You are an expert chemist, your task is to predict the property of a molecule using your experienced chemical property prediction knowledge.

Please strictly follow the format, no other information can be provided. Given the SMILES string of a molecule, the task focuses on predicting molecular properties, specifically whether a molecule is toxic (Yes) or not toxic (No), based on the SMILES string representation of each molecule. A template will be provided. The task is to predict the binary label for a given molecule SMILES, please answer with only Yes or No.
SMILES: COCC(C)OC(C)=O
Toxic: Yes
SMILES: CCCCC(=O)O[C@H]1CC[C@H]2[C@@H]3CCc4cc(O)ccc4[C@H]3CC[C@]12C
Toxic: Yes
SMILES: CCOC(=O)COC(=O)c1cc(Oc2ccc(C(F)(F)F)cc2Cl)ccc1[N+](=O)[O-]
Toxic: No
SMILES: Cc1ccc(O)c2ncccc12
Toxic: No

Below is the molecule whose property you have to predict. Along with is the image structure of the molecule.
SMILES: c1cc(OCC2CO2)ccc1Cc1ccc(OCC2CO2)cc1
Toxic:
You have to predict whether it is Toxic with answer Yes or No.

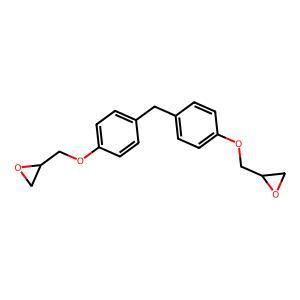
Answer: No